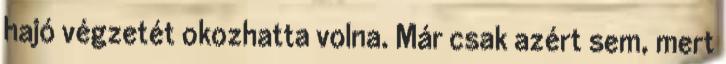
hajó végzetét okozhatta volna. Már csak azért sem, mert